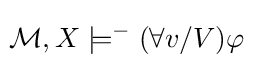
\!{\mathcal {M}},X\models ^{-}(\forall v/V)\varphi